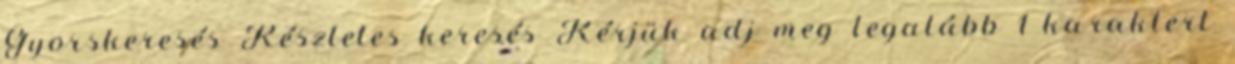
Gyorskeresés Részletes keresés Kérjük adj meg legalább 1 karaktert